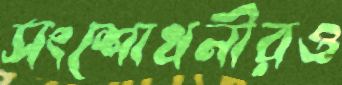
সংশোধনীরও